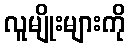
လူမျိုးများကို